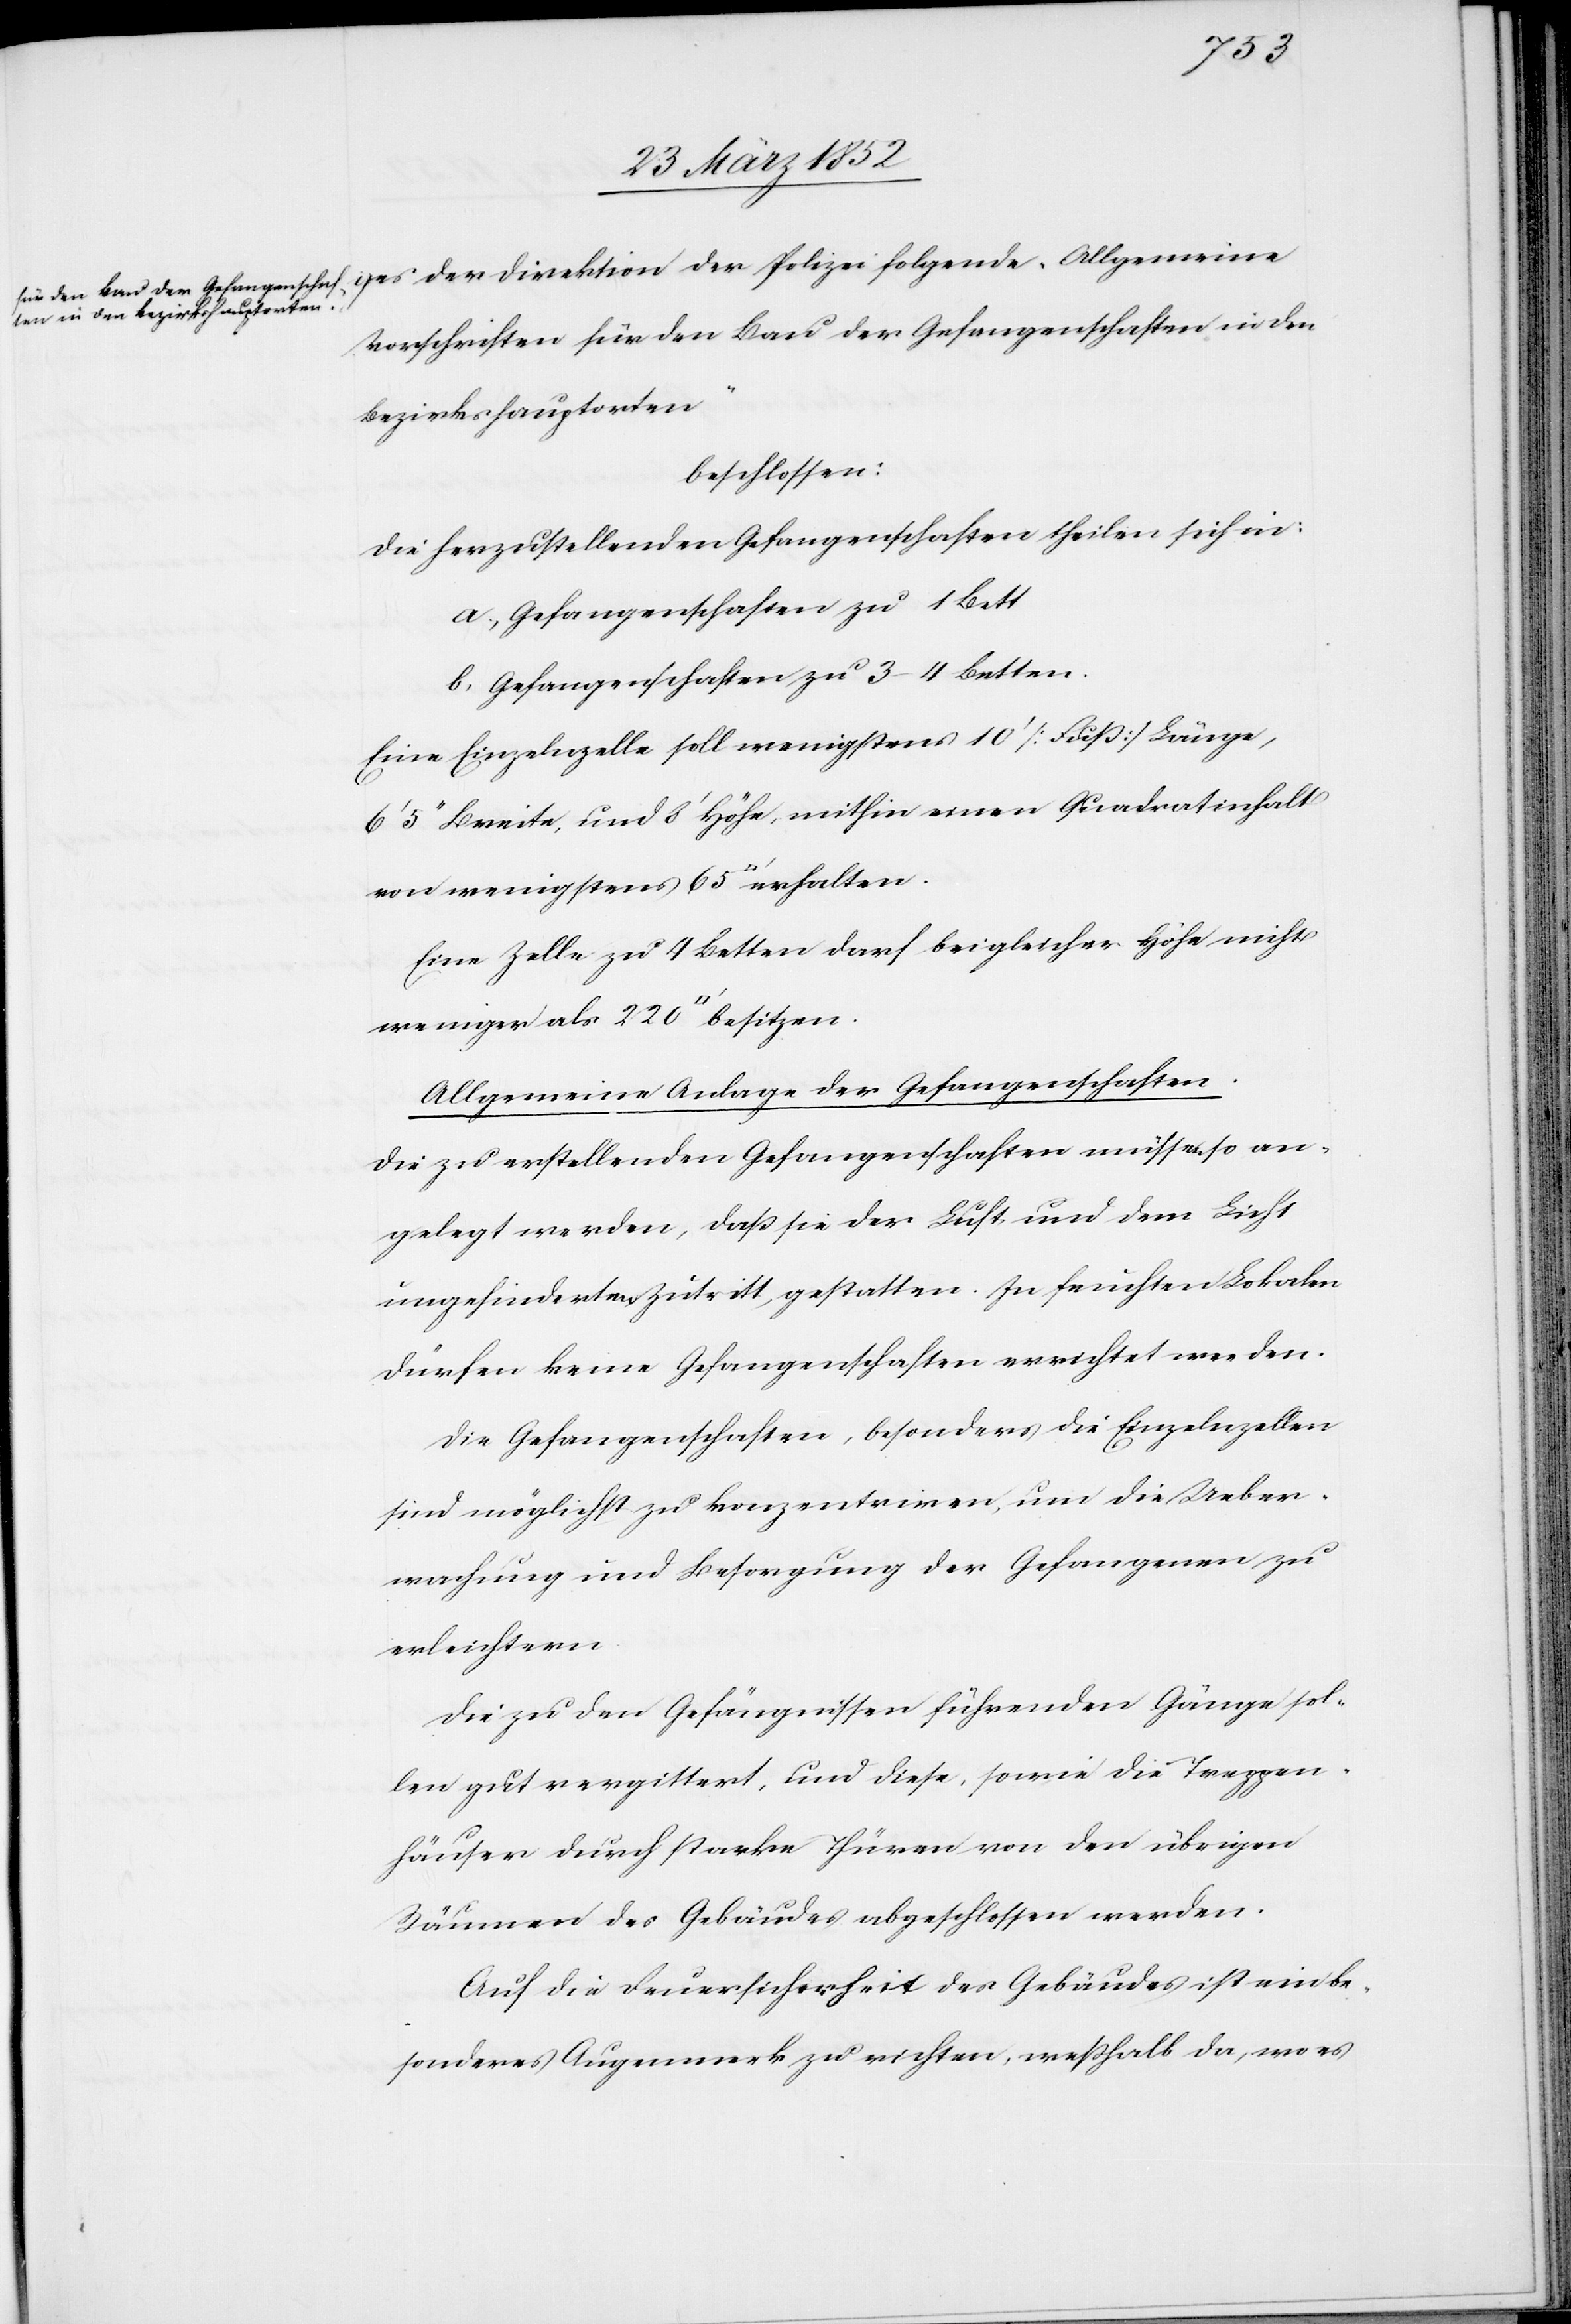
Vorschriften für den Bau der Gefangenschaften in den
Bezirkshauptorten“
beschlossen:
Die herzustellenden Gefangenschaften theilen sich in
a) Gefangenschaften zu 1 Bett
b) Gefangenschaften zu 3–4 Betten.
Eine Einzelzelle soll wenigstens 10‘ [Fuß] Länge,
6‘ 5‘‘ Breite, und 3‘ Höhe, mithin einen Quadratinhalt
Eine Zelle zu 4 Betten darf bei gleicher Höhe nicht
Allgemeine Anlage der Gefangenschaften.
Die zu erstellenden Gefangenschaften müssen so an¬
gelegt werden, daß sie der Luft und dem Licht
ungehinderten Zutritt gestatten. In feuchten Lokalen
dürfen keine Gefangenschaften errichtet werden.
Die Gefangenschaften, besonders die Einzelnzellen
sind möglichst zu konzentriren, um die Ueber¬
machung und Besorgung der Gefangenen zu
erleichtern.
Die zu den Gefängnissen führenden Gänge sol¬
len gut vergittert, und diese, sowie die Treppen¬
häuser durch starke Thüren von den übrigen
Räumen des Gebäudes abgeschlossen werden.
Auf die Feuersicherheit des Gebäudes ist ein be¬
sonderes Augenmerk zu richten, weßhalb da, wo es